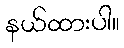
နယ်ထားပါ။